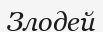
Злодей